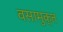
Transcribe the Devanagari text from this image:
वसामुक्त